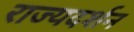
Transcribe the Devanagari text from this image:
राज्यदर्शन